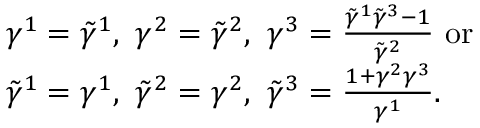
\begin{array} { r l } & { \gamma ^ { 1 } = \tilde { \gamma } ^ { 1 } , \ \gamma ^ { 2 } = \tilde { \gamma } ^ { 2 } , \ \gamma ^ { 3 } = \frac { \tilde { \gamma } ^ { 1 } \tilde { \gamma } ^ { 3 } - 1 } { \tilde { \gamma } ^ { 2 } } \ \mathrm { o r } } \\ & { \tilde { \gamma } ^ { 1 } = \gamma ^ { 1 } , \ \tilde { \gamma } ^ { 2 } = \gamma ^ { 2 } , \ \tilde { \gamma } ^ { 3 } = \frac { 1 + \gamma ^ { 2 } \gamma ^ { 3 } } { \gamma ^ { 1 } } . } \end{array}